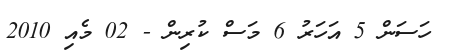
ހަސަން 5 އަހަރު 6 މަސް ކުރިން - 02 މެއި 2010